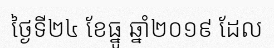
ថ្ងៃទី២៤ ខែធ្នូ ឆ្នាំ២០១៩ ដែល